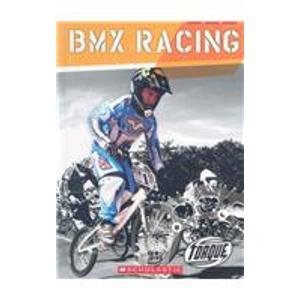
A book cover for BMX Racing (Torque: Action Sports); Jack David; Children's Books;